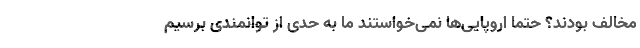
مخالف بودند؟ حتما اروپایی‌ها نمی‌خواستند ما به حدی از توانمندی برسیم